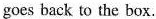
goes back to the box.